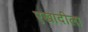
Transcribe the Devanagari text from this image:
एखादीला